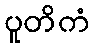
ပူတိကံ